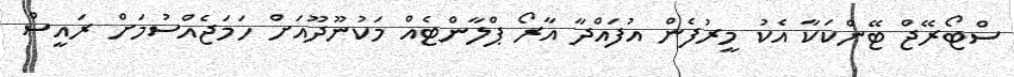
ސްޓޯރޭޖް ޓޭންކަކާ އެކު މީރުފެން އުފައްދާ އާރޯ ޕްލާންޓެއް މަކުނޫދޫއަށް ހަމަޖެއްސުމަށް ރައީސް